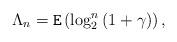
LaTeX: \begin{align*}{\Lambda _n} = {\tt E}\left( {\log _2^n\left( {1 + \gamma } \right)} \right),\end{align*}